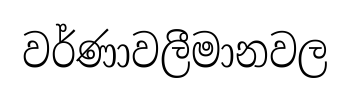
වර්ණාවලීමානවල